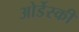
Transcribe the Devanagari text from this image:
ओर्डेस्की